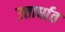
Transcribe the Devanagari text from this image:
उत्तार्धात